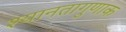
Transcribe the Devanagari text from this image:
श्यानतागुणाक